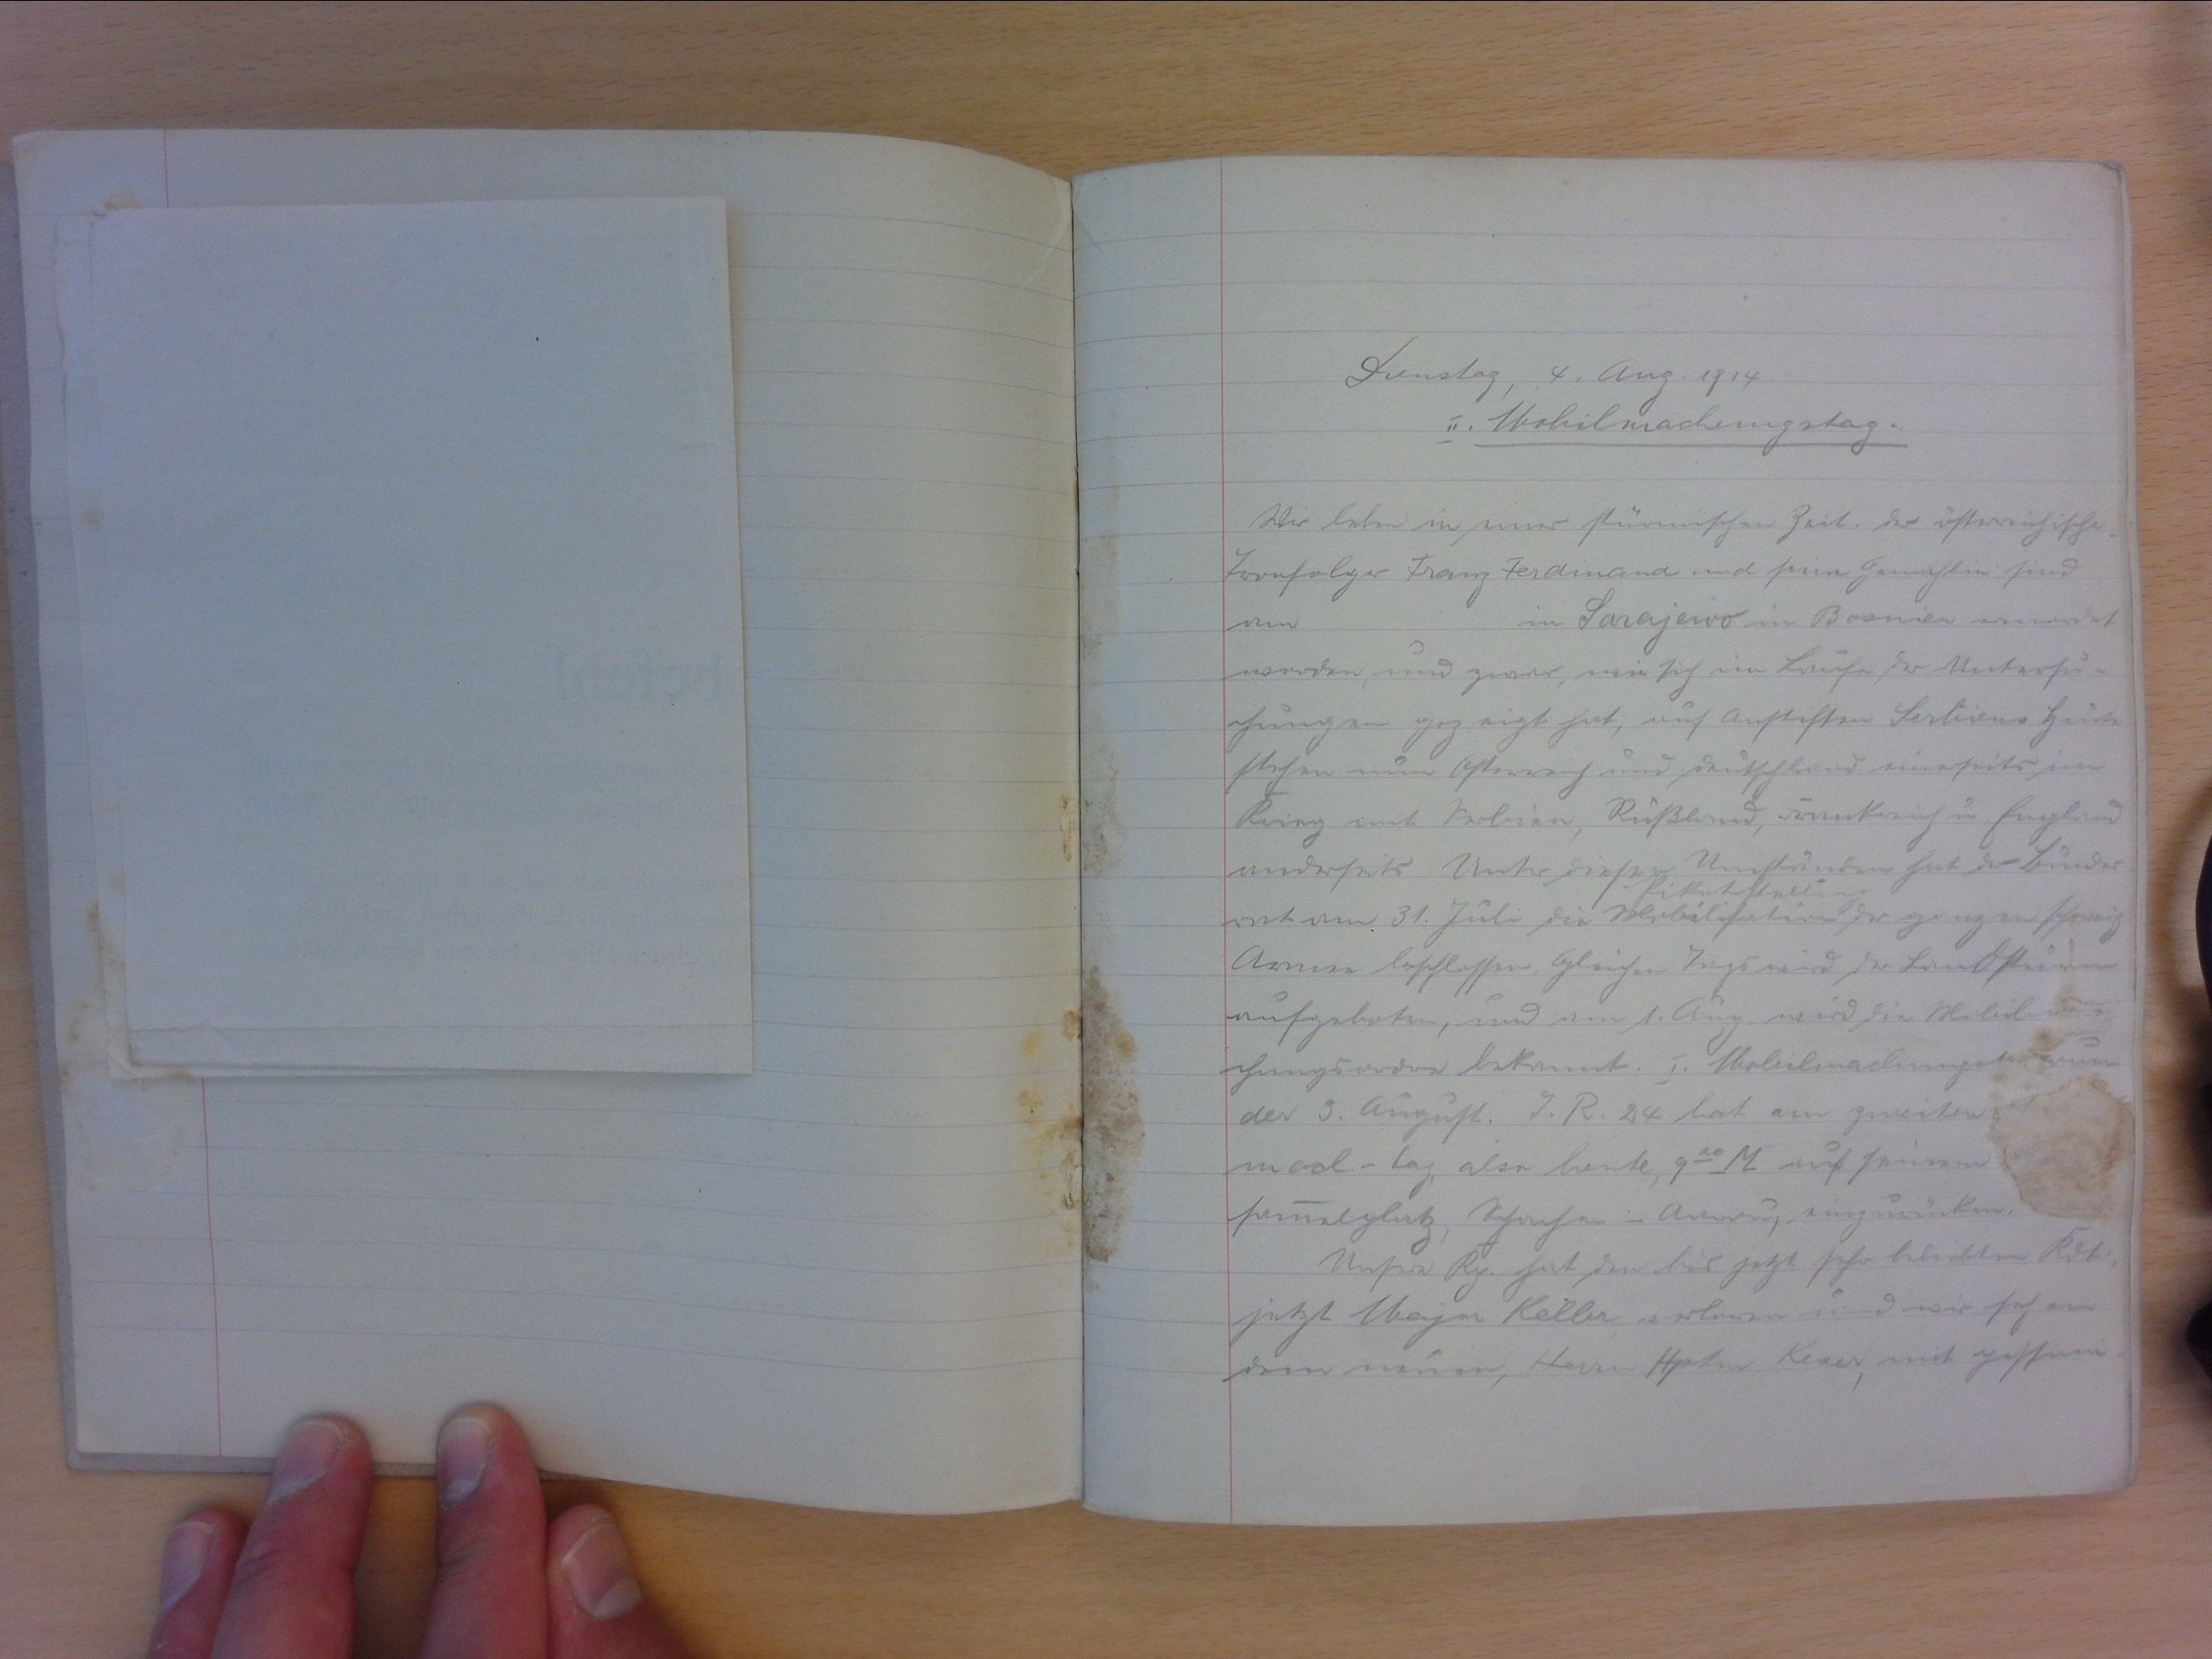
Dienstag 4. August 1914
II. Mobilmachungstag:
Wir leben in einer stürmischen Zeit. Der österreichische
Tronfolger Franz Ferdinand und seine Gemahlin sind
von   in Sarajewo in Bosnien ermordet
worden und zwar, wie sich im Laufe der Untersu-
chungen gezeigt hat, auf Anstiften Serbiens. Heute
stehen nun Österreich und Deutschland einerseits im
Krieg und Serbien, Russland, Frankreich u. England
andererseits. Unter diesen Umständen hat der Bundes-
Piketstellung
rat am 31. Juli die Mobilsation der ganzen schweiz
Armee beschlossen. Gleichen Tags wird der Landsturm
aufgeboten, und wird die Mobilma--
chungsordre bekannt. I. Mobilmachungstag war
der 3. August. I. R. 24 hat am zweiten
mach.-tag, also heute, 920 M auf seinem
sammlungsplatz, Schachen in Aarau, einzurücken.
Unsre Kp. hat den bis jetzt sehr beliebten Kdt.
jetzt Major Keller verloren und wir sehen
dem neuen, Herrn Hptm Keser, mit pessimis-